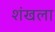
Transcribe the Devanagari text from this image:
शंखला